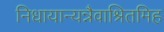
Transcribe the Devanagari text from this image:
निधायान्यन्नैवाश्रितमिह